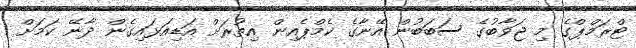
ޓްރަމްޕްގެ މި ޖަވާބުގެ ސަބަބުން އޭނާގެ ކެމްޕެއިން އިތުރަށް އަޑިއަޅައިގެން ދާނޭ ކަމަށް